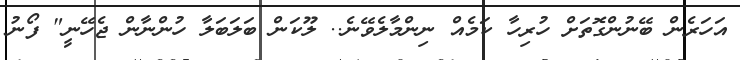
އަހަރެން ބޭނުންގޮތަށް ހުރިހާ ކަމެއް ނިންމާލެވޭނެ.. ލޫކަން ބަލަބަލާ ހުންނާން ޖެހޭނީ" ފޯނު